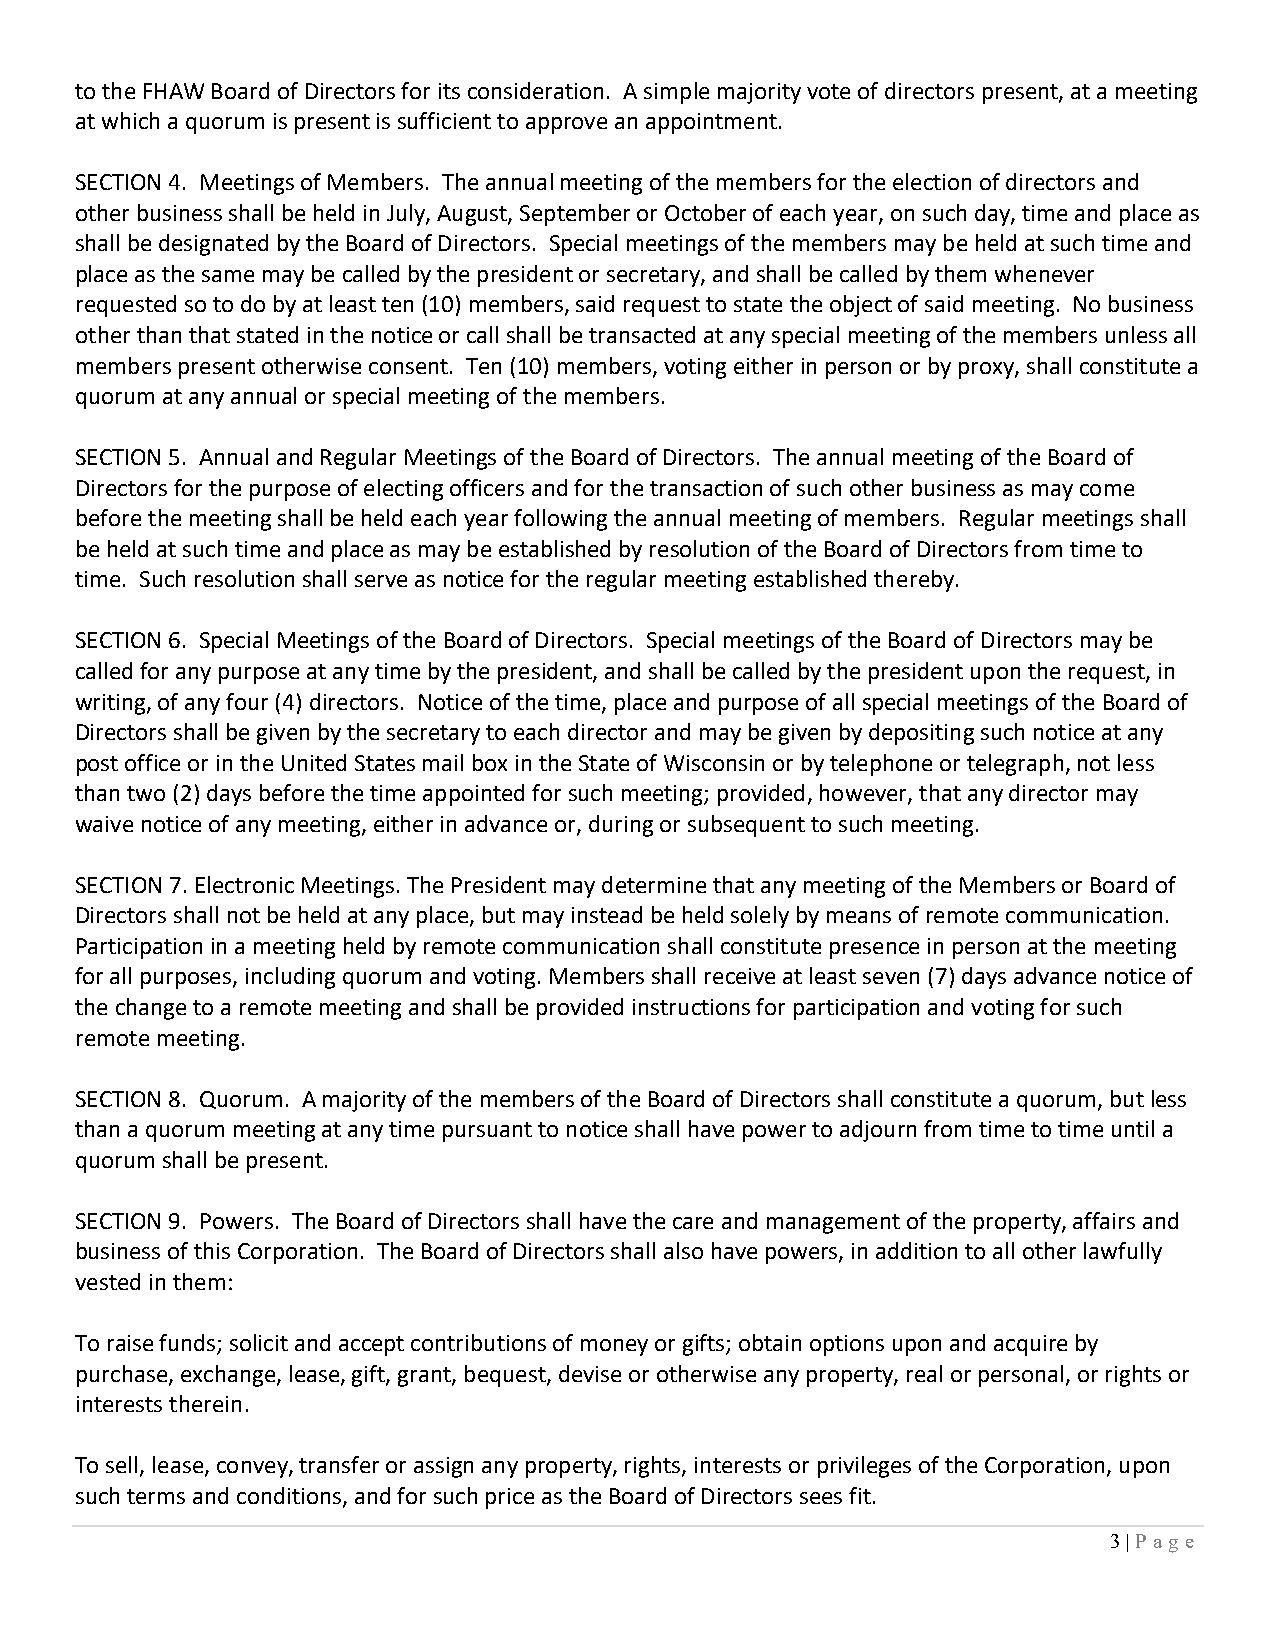
to the FHAW Board of Directors for its consideration. A simple majority vote of directors present, at a meeting
 at which a quorum is present is sufficient to approve an appointment.
 SECTION 4. Meetings of Members. The annual meeting of the members for the election of directors and
 other business shall be held in July, August, September or October of each year, on such day, time and place as
 shall be designated by the Board of Directors. Special meetings of the members may be held at such time and
 place as the same may be called by the president or secretary, and shall be called by them whenever
 requested so to do by at least ten (10) members, said request to state the object of said meeting. No business
 other than that stated in the notice or call shall be transacted at any special meeting of the members unless all
 members present otherwise consent. Ten (10) members, voting either in person or by proxy, shall constitute a
 quorum at any annual or special meeting of the members.
 SECTION 5. Annual and Regular Meetings of the Board of Directors. The annual meeting of the Board of
 Directors for the purpose of electing officers and for the transaction of such other business as may come
 before the meeting shall be held each year following the annual meeting of members. Regular meetings shall
 be held at such time and place as may be established by resolution of the Board of Directors from time to
 time. Such resolution shall serve as notice for the regular meeting established thereby.
 SECTION 6. Special Meetings of the Board of Directors. Special meetings of the Board of Directors may be
 called for any purpose at any time by the president, and shall be called by the president upon the request, in
 writing, of any four (4) directors. Notice of the time, place and purpose of all special meetings of the Board of
 Directors shall be given by the secretary to each director and may be given by depositing such notice at any
 post office or in the United States mail box in the State of Wisconsin or by telephone or telegraph, not less
 than two (2) days before the time appointed for such meeting; provided, however, that any director may
 waive notice of any meeting, either in advance or, during or subsequent to such meeting.
 SECTION 7. Electronic Meetings. The President may determine that any meeting of the Members or Board of
 Directors shall not be held at any place, but may instead be held solely by means of remote communication.
 Participation in a meeting held by remote communication shall constitute presence in person at the meeting
 for all purposes, including quorum and voting. Members shall receive at least seven (7) days advance notice of
 the change to a remote meeting and shall be provided instructions for participation and voting for such
 remote meeting.
 SECTION 8. Quorum. A majority of the members of the Board of Directors shall constitute a quorum, but less
 than a quorum meeting at any time pursuant to notice shall have power to adjourn from time to time until a
 quorum shall be present.
 SECTION 9. Powers. The Board of Directors shall have the care and management of the property, affairs and
 business of this Corporation. The Board of Directors shall also have powers, in addition to all other lawfully
 vested in them:
 To raise funds; solicit and accept contributions of money or gifts; obtain options upon and acquire by
 purchase, exchange, lease, gift, grant, bequest, devise or otherwise any property, real or personal, or rights or
 interests therein.
 To sell, lease, convey, transfer or assign any property, rights, interests or privileges of the Corporation, upon
 such terms and conditions, and for such price as the Board of Directors sees fit.
 3 | Pa g e